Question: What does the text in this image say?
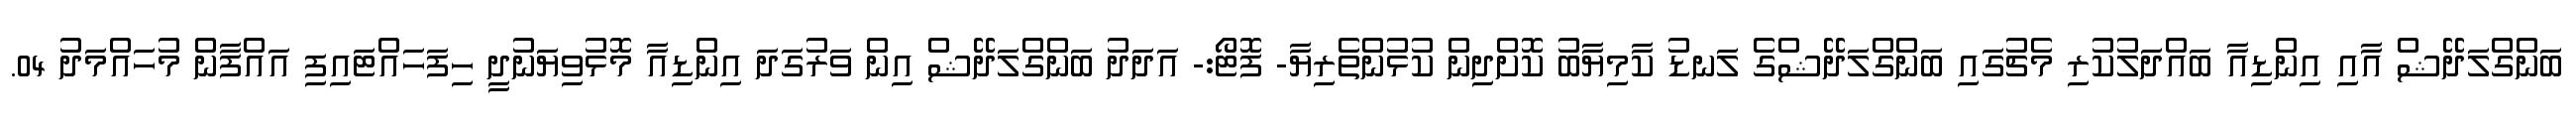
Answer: ބަންގްލަދޭޝް އާއި އިންޑިއާ ބައްދަލުކުރި މެޗުގައި ބަންގްލަދޭޝްގެ ލަނޑު ކާމިޔާބު ކޮށްދިން ކުޅުންތެރިޔާ- ފޮޓޯ:- އަދަދު ބަންގްލަދޭޝް އިން ވަރުގަދަ އިންޑިއާ މޮޅުވިޔަނުދީ ހިފަހައްޓައިފި އައްފާން މުހައްމަދު 04.